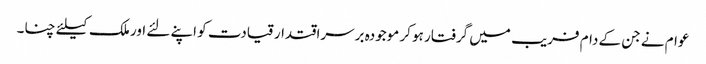
عوام نے جن کے دام فریب میں گرفتار ہو کر موجودہ برسراقتدار قیادت کو اپنے لئے اور ملک کیلئے چنا۔